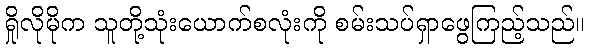
ရှိုလိုမိုက သူတို့သုံးယောက်စလုံးကို စမ်းသပ်ရှာဖွေကြည့်သည်။